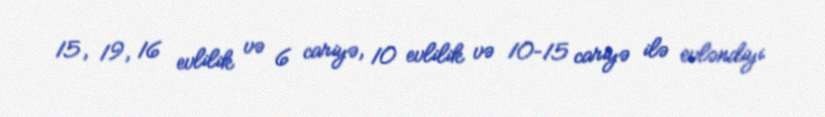
15, 19, 16 evlilik və 6 cariyə, 10 evlilik və 10–15 cariyə ilə evləndiyi